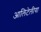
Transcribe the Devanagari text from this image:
आलिटेलीया